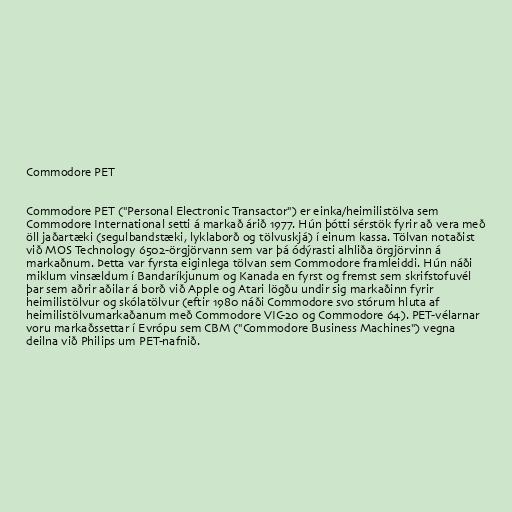
Commodore PET

Commodore PET ("Personal Electronic Transactor") er einka/heimilistölva sem
Commodore International setti á markað árið 1977. Hún þótti sérstök fyrir að vera með
öll jaðartæki (segulbandstæki, lyklaborð og tölvuskjá) í einum kassa. Tölvan notaðist
við MOS Technology 6502-örgjörvann sem var þá ódýrasti alhliða örgjörvinn á
markaðnum. Þetta var fyrsta eiginlega tölvan sem Commodore framleiddi. Hún náði
miklum vinsældum í Bandaríkjunum og Kanada en fyrst og fremst sem skrifstofuvél
þar sem aðrir aðilar á borð við Apple og Atari lögðu undir sig markaðinn fyrir
heimilistölvur og skólatölvur (eftir 1980 náði Commodore svo stórum hluta af
heimilistölvumarkaðanum með Commodore VIC-20 og Commodore 64). PET-vélarnar
voru markaðssettar í Evrópu sem CBM ("Commodore Business Machines") vegna
deilna við Philips um PET-nafnið.